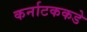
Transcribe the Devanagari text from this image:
कर्नाटककडे